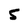
Character: 5